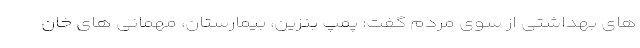
های بهداشتی از سوی مردم گفت: پمپ بنزین، بیمارستان، مهمانی های خان